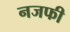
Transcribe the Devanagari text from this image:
नजफी